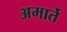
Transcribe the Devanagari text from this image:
अमार्ते